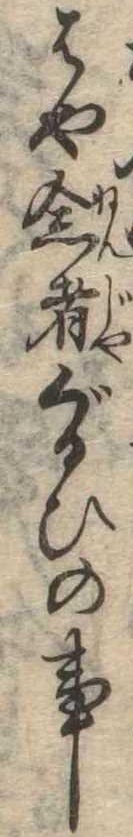
はや念者ぐるひの事